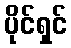
ပိုင်ရှင်